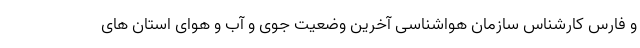
و فارس کارشناس سازمان هواشناسی آخرین وضعیت جوی و آب و هوای استان های